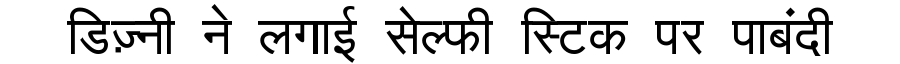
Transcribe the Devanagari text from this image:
डिज़्नी ने लगाई सेल्फी स्टिक पर पाबंदी